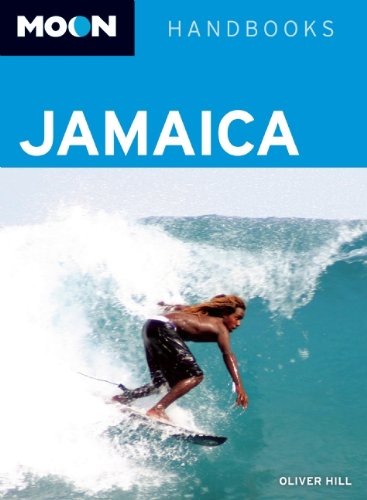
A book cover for Moon Jamaica (Moon Handbooks); Oliver Hill; Travel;